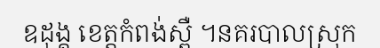
ឧដុង្គ ខេត្តកំពង់ស្ពឺ ។នគរបាលស្រុក